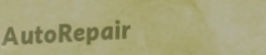
AutoRepair